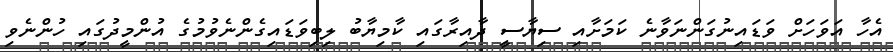
އެހާ އަވަހަށް ވަަޑައިނުގަންނަވާނެ ކަމަށާއި ސިޔާސީ ދާއިރާގައި ކާމިޔާބު ލިބިވަޑައިގެންނެވުމުގެ އުންމީދުގައި ހުންނެވި